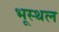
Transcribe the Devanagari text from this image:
भूस्थल